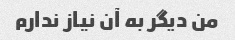
من دیگر به آن نیاز ندارم